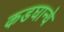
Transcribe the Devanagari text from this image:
कडघान्ये